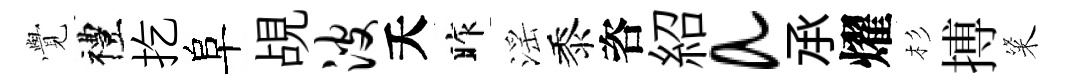
𮗜禮扢阜覘波夭昨滛黍咨紹a𠄘燿杉搏粢